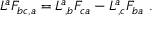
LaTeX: L ^ { a } { \cal F } _ { b c , a } = L ^ { a } \! _ { , b } { \cal F } _ { c a } - L ^ { a } \! _ { , c } { \cal F } _ { b a } \ .